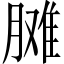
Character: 𦟗